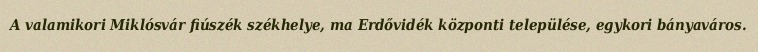
A valamikori Miklósvár fiúszék székhelye, ma Erdővidék központi települése, egykori bányaváros.